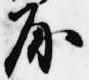
房